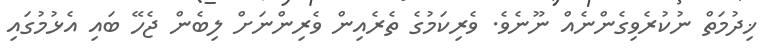
ޚިދުމަތް ނުކުރެވިގެންނެއް ނޫނެވެ. ވެރިކަމުގެ ތެރެއިން ވެރިންނަށް ލިބެން ޖެހޭ ބައި އެޅުމުގައި